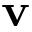
{ \bf v }